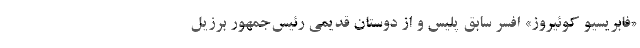
«فابریسیو کوئیروز» افسر سابق پلیس و از دوستان قدیمی رئیس‌جمهور برزیل